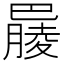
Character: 𣎞